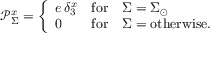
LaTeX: \mathcal { P } _ { \Sigma } ^ { x } = \left\{ \begin{array} { l c l } { { e \, \delta _ { 3 } ^ { x } } } & { { \mathrm { f o r } } } & { { \Sigma = \Sigma _ { \odot } } } \\ { { 0 } } & { { \mathrm { f o r } } } & { { \Sigma = \mathrm { o t h e r w i s e . } \ } } \end{array} \right.